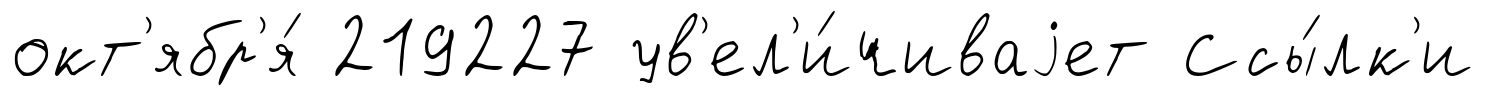
окт'ябр'я́ 219227 ув'ел'и́чиваjет Ссы́лк'и